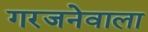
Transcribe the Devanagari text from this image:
गरजनेवाला